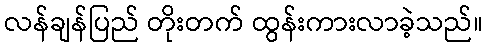
လန်ချန်ပြည် တိုးတက် ထွန်းကားလာခဲ့သည်။